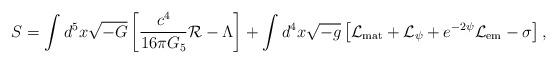
LaTeX: \begin{align*}S=\int d^5x\sqrt{-G}\left[{c^4\over{16\pi G_5}}{\cal R}-\Lambda\right]+\int d^4x\sqrt{-g}\left[{\cal L}_{\rm mat}+{\cal L}_{\psi}+e^{-2\psi}{\cal L}_{\rm em}-\sigma\right],\end{align*}